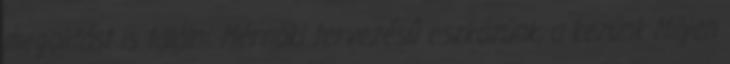
megoldást is találni. Mérnöki tervezésű eszközünk, a kezünk Milyen